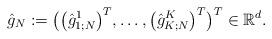
LaTeX: \begin{align*}\hat{g}_N := \bigl( \bigl(\hat{g}_{1;N}^1\bigr)^T,\dots,\bigl(\hat{g}_{K;N}^K\bigr)^T \bigr)^T \in\mathbb{R}^d .\end{align*}